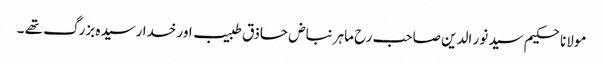
مولانا حکیم سید نور الدین صاحب رح ماہر نباض حاذق طبیب اور خدا رسیدہ بزرگ تھے ۔